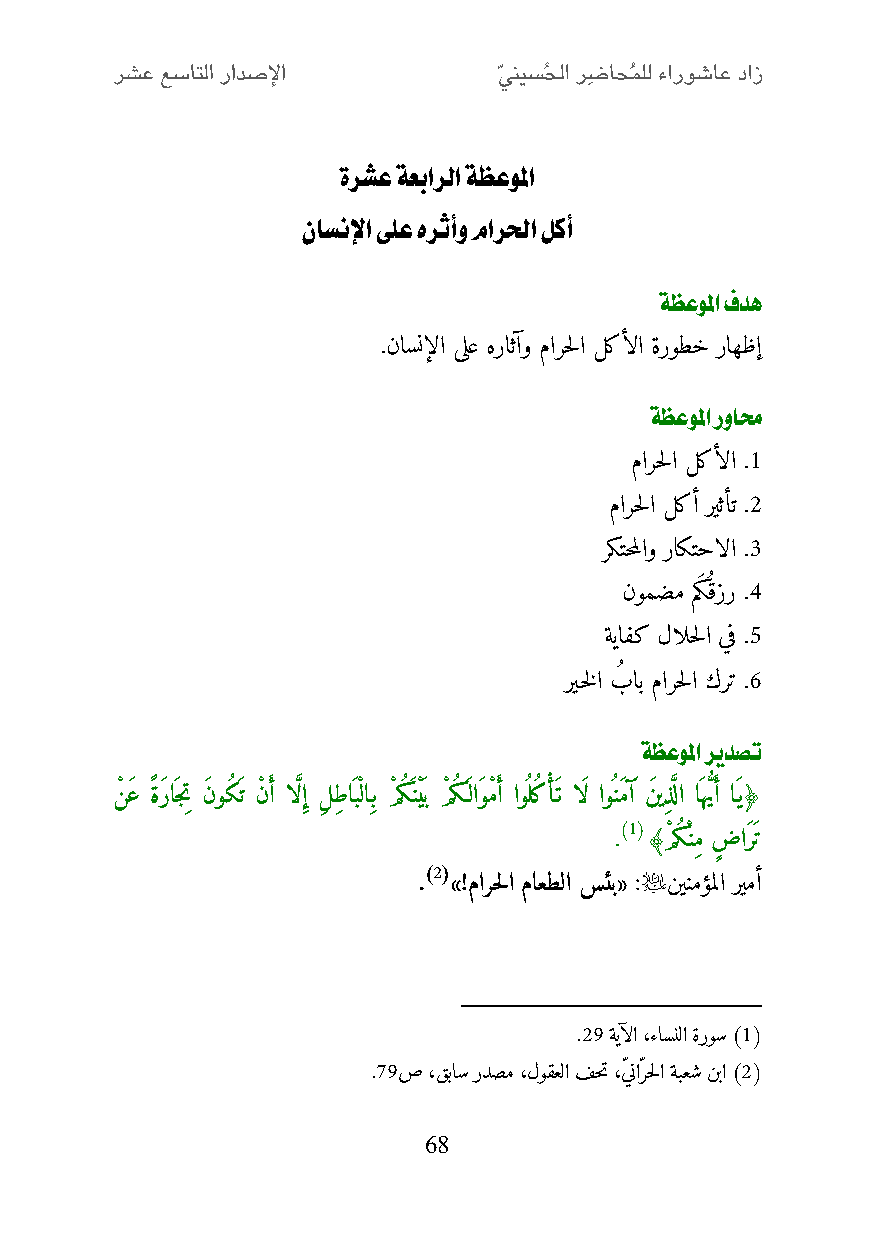
ةرشع ةعبارلا ةظعولما
 ناسنلإا ىلع هرثأو مارلحا لكأ
 ةظعولما فده
 .ناسنإلا ىلع هراثآو مارحلا لكألا ةروطخ راهظإ
 ةظعولما روامح
 مارحلا لكألا .2
 مارحلا لكأ ريثأت .0
 ركتحملاو راكتحالا .1
 نومضم مَكُقزر .4
 ةيافك لالحلا يف .0
 ري خلا بُ اب مارحلا كرت .6
 ةظعولما ريدصت
 نْ َع ًة َراَجتِ َنو كَت نْ أَ ا لَّإِ لِ ِطاَبْلاِب مْ كَنْيَب مْ كَ لاَومْ أَ او ل كأَْت اَل او نَمَآ نَ يِذ َّلا اَهي ُّأَ اَي﴿
 )1(
 . ﴾ مْ كْنِم ضٍّ اَرَت
 )2(           
 . »!مارحلا ماعطلا سئب« : نينمؤملا ريمأ
 .05 ةيآلا ،ءاسنلا ةروس )1(
 .25ص ،قباس ردصم ،لوقعلا فحت ،ّيناّرحلا ةبعش نبا )2(
 68